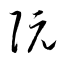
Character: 阮